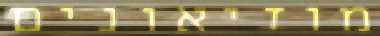
מוזיאונים